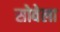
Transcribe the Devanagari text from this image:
सोवेला